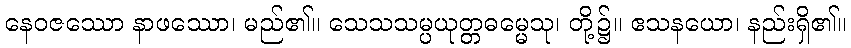
နေဝဇဿော နာဖဿော၊ မည်၏။ သေသသမ္ပယုတ္တဓမ္မေသု၊ တို့၌။ ဧသနယော၊ နည်းရှိ၏။